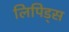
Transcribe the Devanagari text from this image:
लिपिड्स